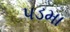
પડમા